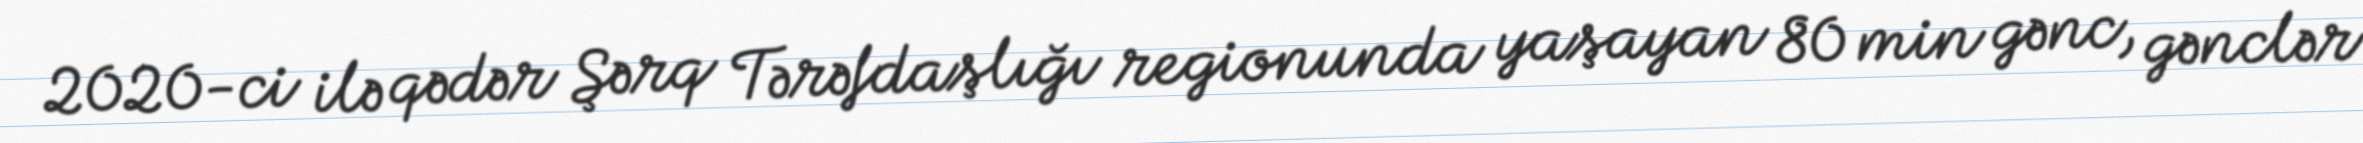
2020-ci ilə qədər Şərq Tərəfdaşlığı regionunda yaşayan 80 min gənc, gənclər